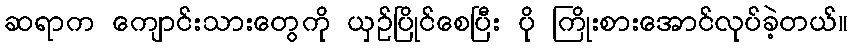
ဆရာက ကျောင်းသားတွေကို ယှဉ်ပြိုင်စေပြီး ပို ကြိုးစားအောင်လုပ်ခဲ့တယ်။